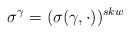
\begin{align*} \sigma^\gamma= (\sigma(\gamma,\cdot))^{skw}\end{align*}